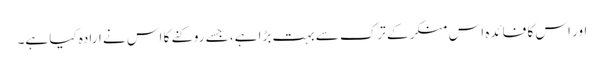
اور اس کا فائدہ اس منکر کے ترک سے بہت بڑا ہے، جسے روکنے کا اس نے ارادہ کیا ہے۔